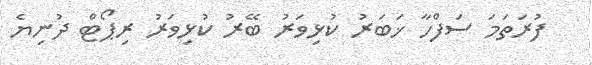
ފުރަތަމަ ސަފްހާ ޚަބަރު ކުޅިވަރު ބޭރު ކުޅިވަރު ރިޕޯޓް ދުނިޔެ